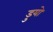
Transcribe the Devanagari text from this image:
डुयो